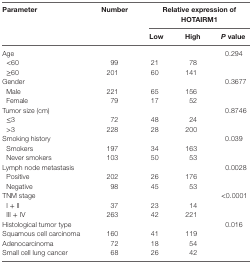
| <ROWSPAN=2> Parameter | <ROWSPAN=2> Number | <COLSPAN=3> Relative expression of HOTAIRM1 |
 | Low | High | P value |
 | --- | --- | --- | --- | --- |
 | Age |  |  |  | 0.294 |
 | <60 | 99 | 21 | 78 |  |
 | ≥60 | 201 | 60 | 141 |  |
 | Gender |  |  |  | 0.3677 |
 | Male | 221 | 65 | 156 |  |
 | Female | 79 | 17 | 52 |  |
 | Tumor size (cm) |  |  |  | 0.8746 |
 | ≤3 | 72 | 48 | 24 |  |
 | >3 | 228 | 28 | 200 |  |
 | Smoking history |  |  |  | 0.039 |
 | Smokers | 197 | 34 | 163 |  |
 | Never smokers | 103 | 50 | 53 |  |
 | Lymph node metastasis |  |  |  | 0.0028 |
 | Positive | 202 | 26 | 176 |  |
 | Negative | 98 | 45 | 53 |  |
 | TNM stage |  |  |  | <0.0001 |
 | I + II | 37 | 23 | 14 |  |
 | III + IV | 263 | 42 | 221 |  |
 | Histological tumor type |  |  |  | 0.016 |
 | Squamous cell carcinoma | 160 | 41 | 119 |  |
 | Adenocarcinoma | 72 | 18 | 54 |  |
 | Small cell lung cancer | 68 | 26 | 42 |  |